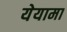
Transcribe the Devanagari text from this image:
येयामा